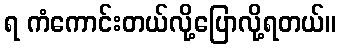
ရ ကံကောင်းတယ်လို့ပြောလို့ရတယ်။